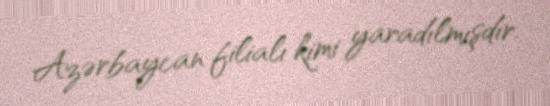
Azərbaycan filialı kimi yaradılmışdır.